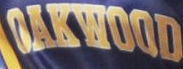
OAKWOOD